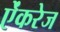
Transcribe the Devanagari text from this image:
ऐंकरेज